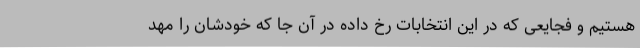
هستیم و فجایعی که در این انتخابات رخ داده در آن جا که خودشان را مهد